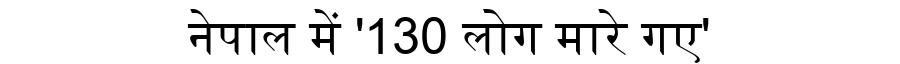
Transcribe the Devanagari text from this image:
नेपाल में '130 लोग मारे गए'